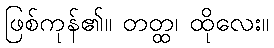
ဖြစ်ကုန်၏။ တတ္ထ၊ ထိုလေး။